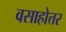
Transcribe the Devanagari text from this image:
वसाहोत्तर